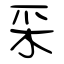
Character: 采